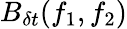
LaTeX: B_{\delta t}(f_{1},f_{2})